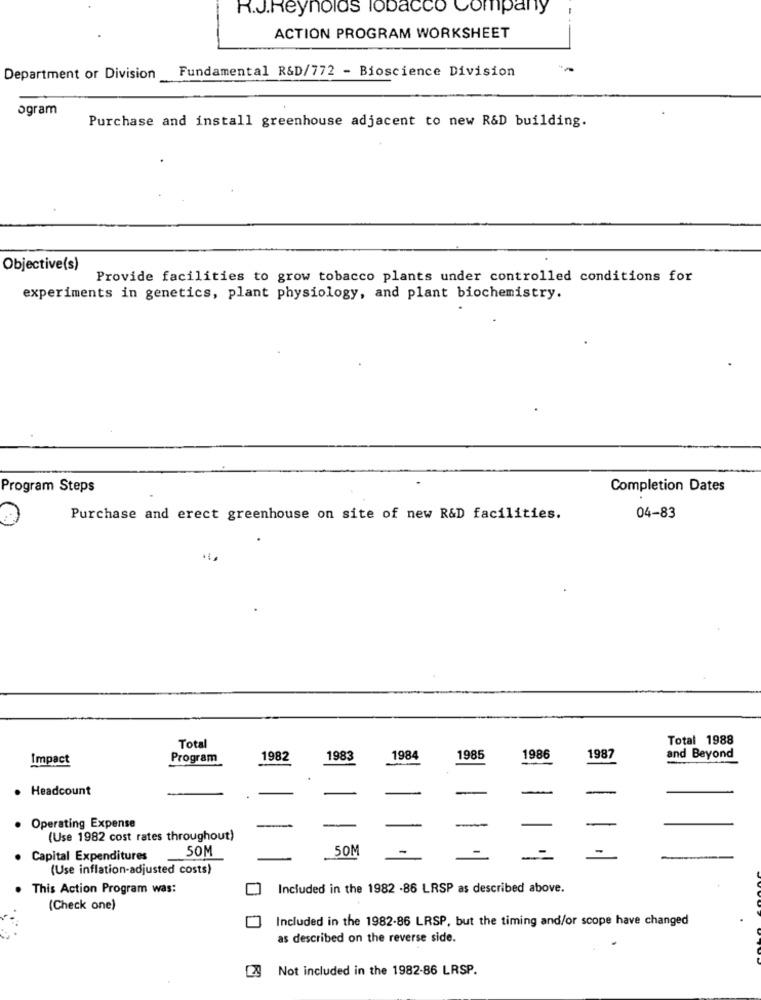
R.J.Reynolds Tobacco Company
ACTION PROGRAM WORKSHEET
Fundamental R&D/772 - Bioscience Division
Department or Division
ogram
Purchase and install greenhouse adjacent to new R&D building.
Objective(s)
Provide facilities to grow tobacco plants under controlled conditions for
experiments in genetics, plant physiology, and plant biochemistry.
Program Steps
Completion Dates
04-83
Purchase and erect greenhouse on site of new R&D facilities.
Total 1988
Total
Impact
Program
1982
1983
1984
1985
1986
1987
and Beyond
. Headcount
. Operating Expense
(Use 1982 cost rates throughout)
50M
50M
Capital Expenditures
(Use inflation-adjusted costs)
. This Action Program was:
Included in the 1982 -86 LRSP as described above.
(Check one)
Included in the 1982-86 LRSP, but the timing and/or scope have changed
as described on the reverse side.
Not included in the 1982-86 LRSP.